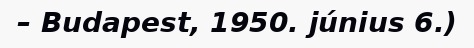
– Budapest, 1950. június 6.)